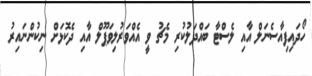
ހޯދައިފިއާސެނަލް އާއި ލެސްޓާ ބައްދަލުކުރި މެޗު ވީ އެއްވަރުލިވަޕޫލް އާއި ދެކޮޅަށް ނިކުންނައިރު